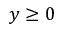
y \ge 0